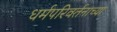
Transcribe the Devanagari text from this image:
धर्मपरिवर्तनाच्या